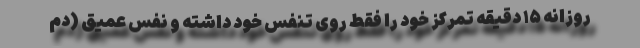
روزانه ۱۵ دقیقه تمرکز خود را فقط روی تنفس خود داشته و نفس عمیق (دم